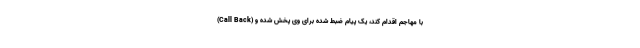
(Call Back) با مهاجم اقدام کند، یک پیام ضبط‌ شده برای وی پخش شده و